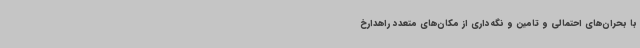
با بحران‌های احتمالی و تامین و نگه‌داری از مکان‌های متعدد راهدارخ